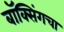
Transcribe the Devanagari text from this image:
बॉक्सिंगचा